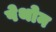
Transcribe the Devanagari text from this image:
पेथोन